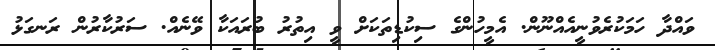
ވައްދާ ހަމަކުރެވުނީއެއްނޫން. އެމީހުންގެ ސިކުޑިތަކަށް ވީ އިތުރު ބުރައަކާ ވޭނެއް. ސަރުކާރުން ރަނގަޅު